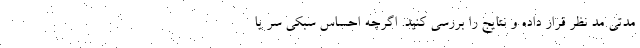
مدتی مد نظر قرار داده و نتایج را بررسی کنید. اگرچه احساس سبکی سر یا